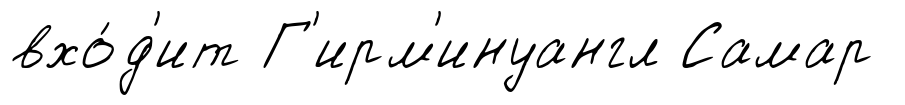
вхо́д'ит Г'ирм'инуангл Самар